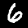
Label: 6